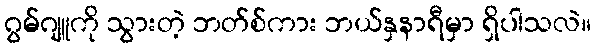
ဂွမ်ဂျူကို သွားတဲ့ ဘတ်စ်ကား ဘယ်နှနာရီမှာ ရှိပါသလဲ။